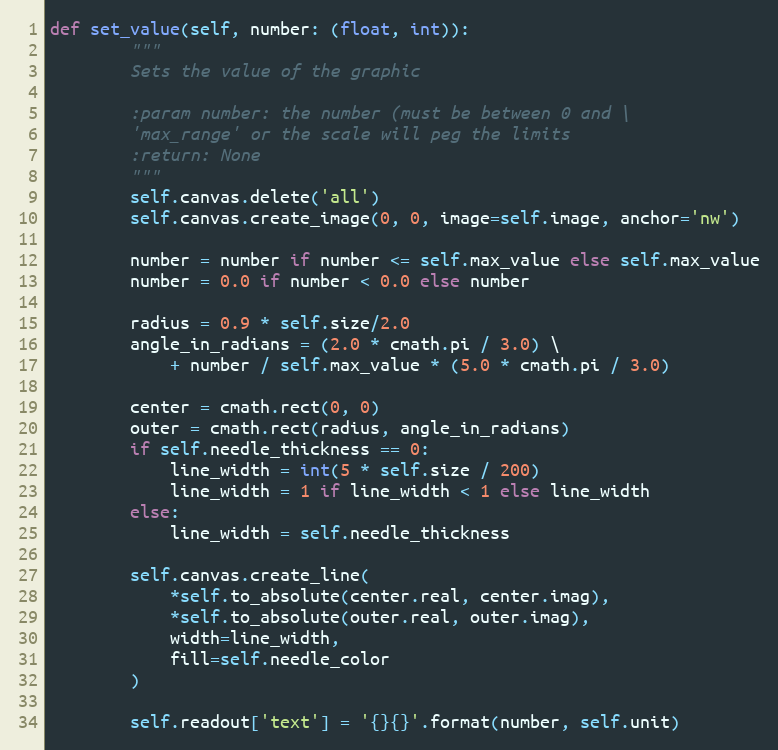
Language: Python
def set_value(self, number: (float, int)):
        """
        Sets the value of the graphic

        :param number: the number (must be between 0 and \
        'max_range' or the scale will peg the limits
        :return: None
        """
        self.canvas.delete('all')
        self.canvas.create_image(0, 0, image=self.image, anchor='nw')

        number = number if number <= self.max_value else self.max_value
        number = 0.0 if number < 0.0 else number

        radius = 0.9 * self.size/2.0
        angle_in_radians = (2.0 * cmath.pi / 3.0) \
            + number / self.max_value * (5.0 * cmath.pi / 3.0)

        center = cmath.rect(0, 0)
        outer = cmath.rect(radius, angle_in_radians)
        if self.needle_thickness == 0:
            line_width = int(5 * self.size / 200)
            line_width = 1 if line_width < 1 else line_width
        else:
            line_width = self.needle_thickness

        self.canvas.create_line(
            *self.to_absolute(center.real, center.imag),
            *self.to_absolute(outer.real, outer.imag),
            width=line_width,
            fill=self.needle_color
        )

        self.readout['text'] = '{}{}'.format(number, self.unit)